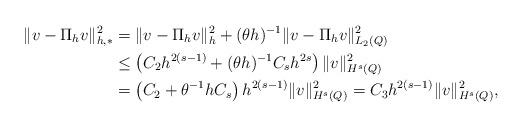
LaTeX: \begin{align*}\|v - \Pi_{h}v\|_{h,*}^2 & = \|v - \Pi_{h}v\|_h^{2} + (\theta h)^{-1} \|v - \Pi_{h}v\|_{L_2(Q)}^2 \\ & \leq \left( C_2 h^{2(s-1)} + (\theta h)^{-1}C_s h^{2s} \right)\| v\|^2_{H^{s}(Q)} \\ & = \left(C_2 + \theta^{-1} h C_s\right) h^{2(s-1)} \| v\|^2_{H^{s}(Q)} = C_3 h^{2(s-1)} \| v\|^2_{H^{s}(Q)},\end{align*}